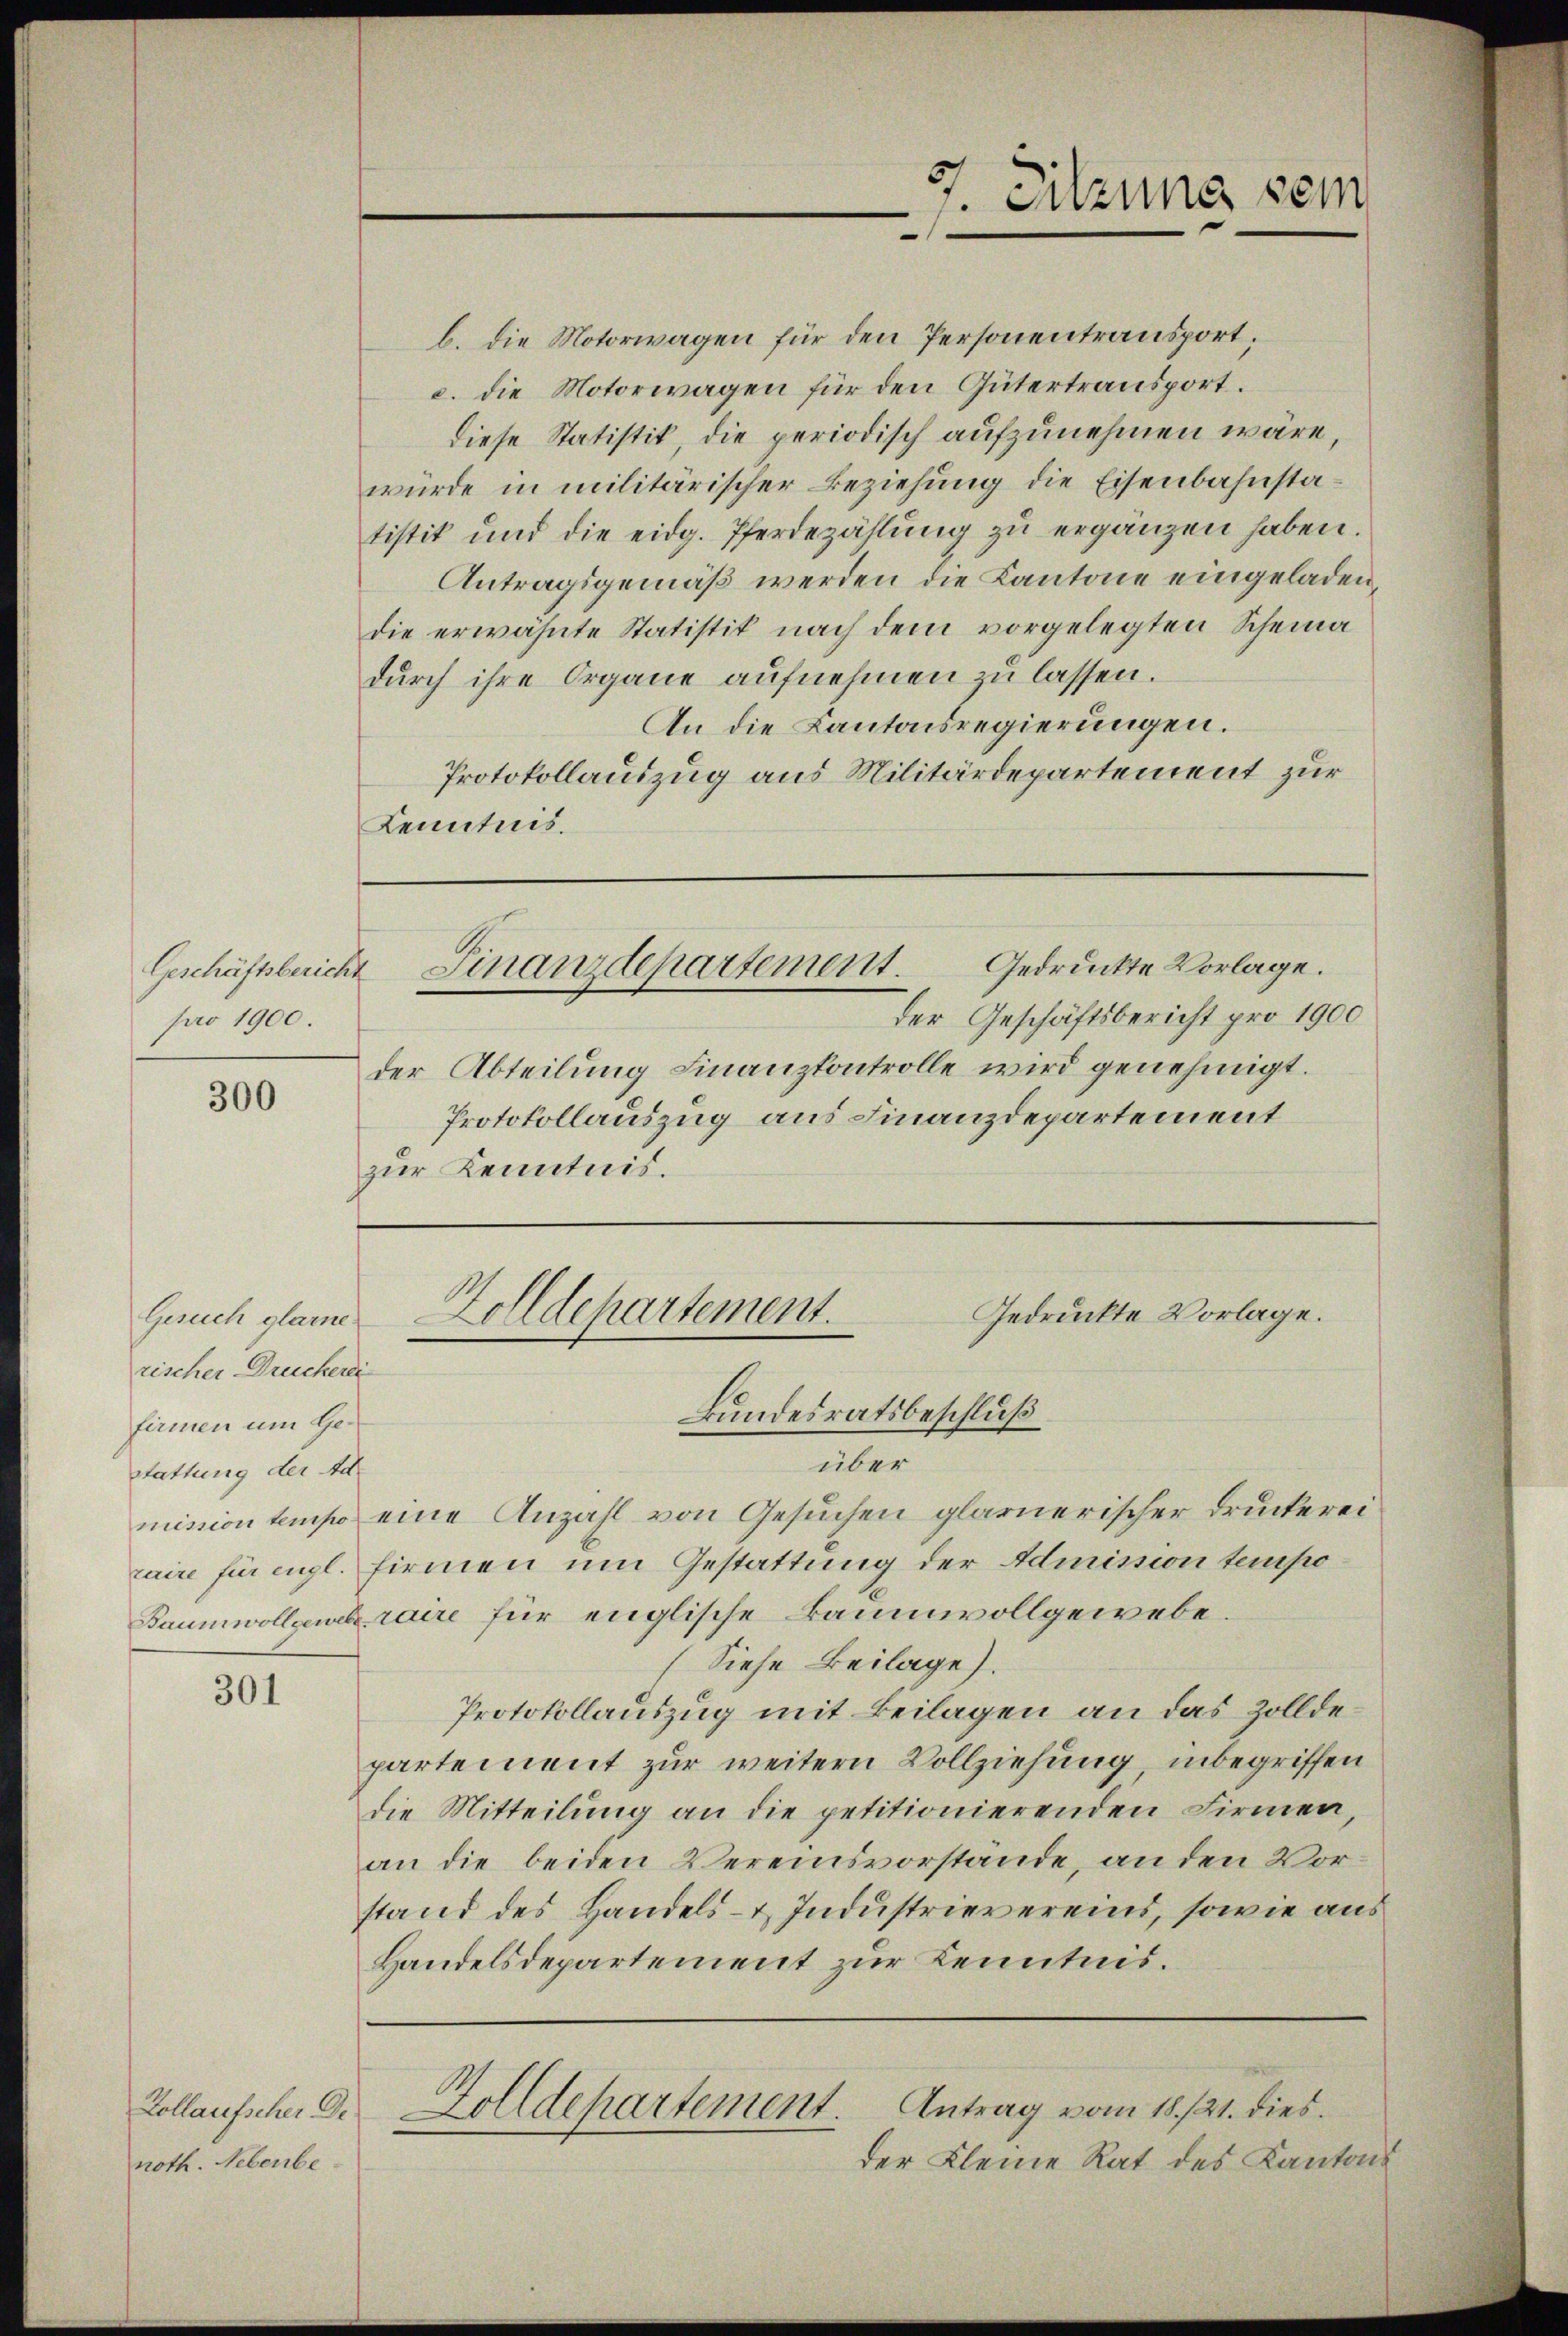
pro 1900.

300

Gesuch glarne
rischer Druckerei
firmen um Gestattung der Ad

301

Kollaufscher Ge
noth. Nebenbe

b. die Motorwagen für den Personentransport,
c. die Motorwagen für den Gütertransport.
diese Statistik, die periodisch aufzunehmen wäre,
würde in militärischer Beziehung die Eisenbahnstatistik und die eidg. Pferdezählŭng zu ergänzen haben.
Antragsgemäß werden die Kantone eingeladen,
die erwähnte Statistik nach dem vorgelegten Scheina
durch ihre Organe aufnehmen zu lassen.
An die Kantonsregierungen.
Protokollauszug aus Militärdepartement zur
Kenntnis.

der Geschäftsbericht pro 1900
der Abteilung Finanzkontrolle wird genehmigt.
Protokollauszug aus Finanzdepartement
zur Kenntnis.

7. Sitzung sein

Gedrückte Vorlage.
Geschäftsbericht Finanzdepartement.

Gedruckte Vorlage.
Bundesratsbeschluß

Zolldepartement.

Zolldepartement.

über
mission tempo eine Anzahl von Gesuchen glarnerischer Druckerei
raire für engl. Firmen um Gestattung der Admission tempo¬
Baumwolleneraire für englische Baumwollgewebe.
Siehe Beilage).
Protokollauszug mit Beilagen an das Zolldepartement zur weitern Vollziehung, inbegriffen
die Mitteilung an die petitionierenden Firmen,
an die beiden Vereinsvorstände, an den Vorstand des Handels- & Industrievereins, sowie aus
Handelsdepartement zur Kenntnis.

Antrag vom 18./21. dies
der Kleine Rat des Kantons